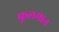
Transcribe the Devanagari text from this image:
फूलमान